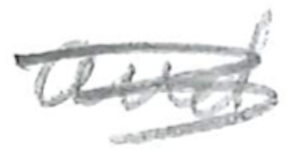
Text: and
Cross-out: scratch
Writing tool: pencil